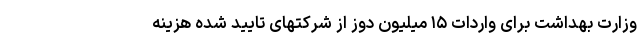
وزارت بهداشت برای واردات ۱۵ میلیون دوز از شرکتهای تایید شده هزینه